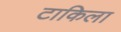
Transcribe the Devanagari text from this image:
टाकिला